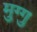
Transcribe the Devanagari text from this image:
मुग्गु